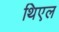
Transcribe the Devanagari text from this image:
थिएल